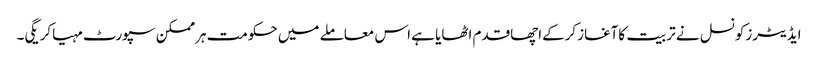
ایڈیٹرزکونسل نے تربیت کاآغازکرکےاچھاقدم اٹھایا ہے اس معاملے میں حکومت ہرممکن سپورٹ مہیاکریگی۔